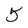
Character: 5